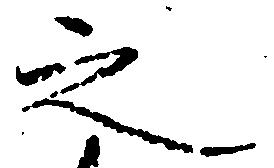
之